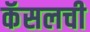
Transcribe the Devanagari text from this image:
कॅसलची